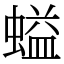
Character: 螠